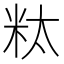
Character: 粏